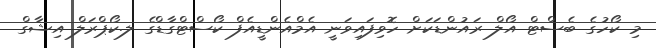
މި ކޯހުގެ ބެސްޓް އޯލް ރައުންޑަކަށް ހޮވިފައިވަނީ އެމްއެންޑީއެފް ކޯސްޓްގާޑްގެ ލ.ކޯޕްރަލް އިޝާގް